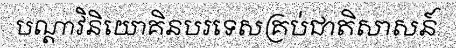
បណ្តាវិនិយោគិនបរទេសគ្រប់ជាតិសាសន៍